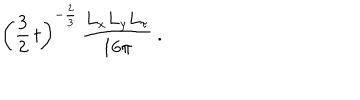
\left( \frac { 3 } { 2 } \, t \right) ^ { - { \frac { 2 } { 3 } } } \, \frac { L _ { x } L _ { y } L _ { \tau } } { 1 6 \pi } \ .